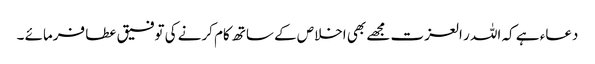
دعاء ہے کہ اللہ ر العزت مجھے بھی اخلاص کے ساتھ کام کرنے کی توفیق عطا فرمائے ۔